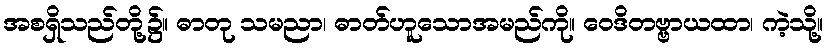
အစရှိသည်တို့၌။ ဓာတု သမညာ၊ ဓာတ်ဟူသောအမည်ကို။ ဝေဒိတဗ္ဗာယထာ၊ ကဲ့သို့။